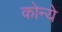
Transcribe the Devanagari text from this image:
कोन्ये